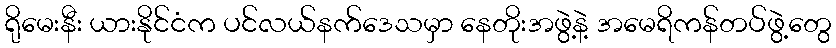
ရိုမေးနီး ယားနိုင်ငံက ပင်လယ်နက်ဒေသမှာ နေတိုးအဖွဲ့နဲ့ အမေရိကန်တပ်ဖွဲ့တွေ